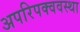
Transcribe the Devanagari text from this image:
अपरिपक्ववस्था